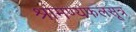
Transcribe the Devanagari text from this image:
श्रामण्यफलसूत्र